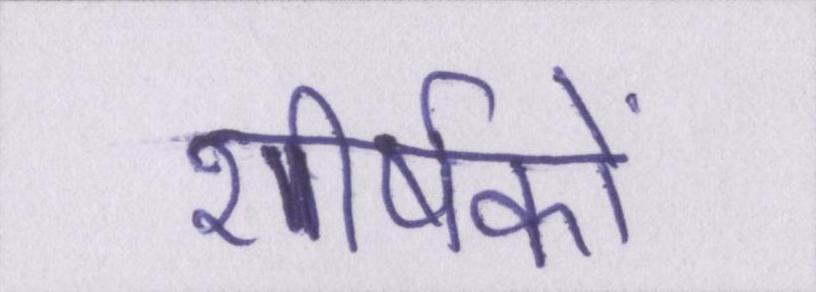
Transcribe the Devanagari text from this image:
शीर्षकों